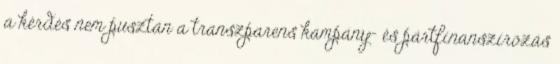
a kérdés nem pusztán a transzparens kampány- és pártfinanszírozás